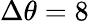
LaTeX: \Delta\theta=8